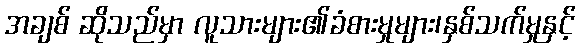
အချစ် ဆိုသည်မှာ လူသားများ၏ခံစားမှုများ၊နှစ်သက်မှုနှင့်